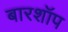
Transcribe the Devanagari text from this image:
बारशॉप